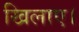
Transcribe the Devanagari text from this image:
खिलाए।